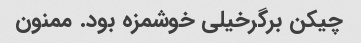
چیکن برگرخیلی خوشمزه بود. ممنون